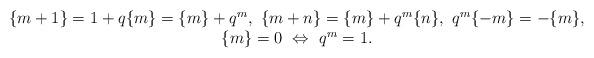
LaTeX: \begin{align*}\begin{array}{c}\{m+1\}=1+q\{m\}=\{m\}+q^m,\ \{m+n\}=\{m\}+q^m\{n\},\ q^m\{-m\}=-\{m\},\\\{m\}=0 \ \Leftrightarrow \ q^{m}=1.\end{array}\end{align*}